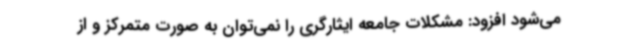
می‌شود افزود: مشکلات جامعه ایثارگری را نمی‌توان به صورت متمرکز و از